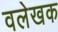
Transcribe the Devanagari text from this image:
वलेखक